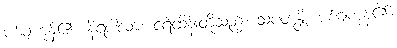
ပစ်ချကုန်၏။ နိရပါလာ၊ ငရဲထိန်းတို့သည်။ သံပတန္တိ၊ ပစ်ချကုန်၏။